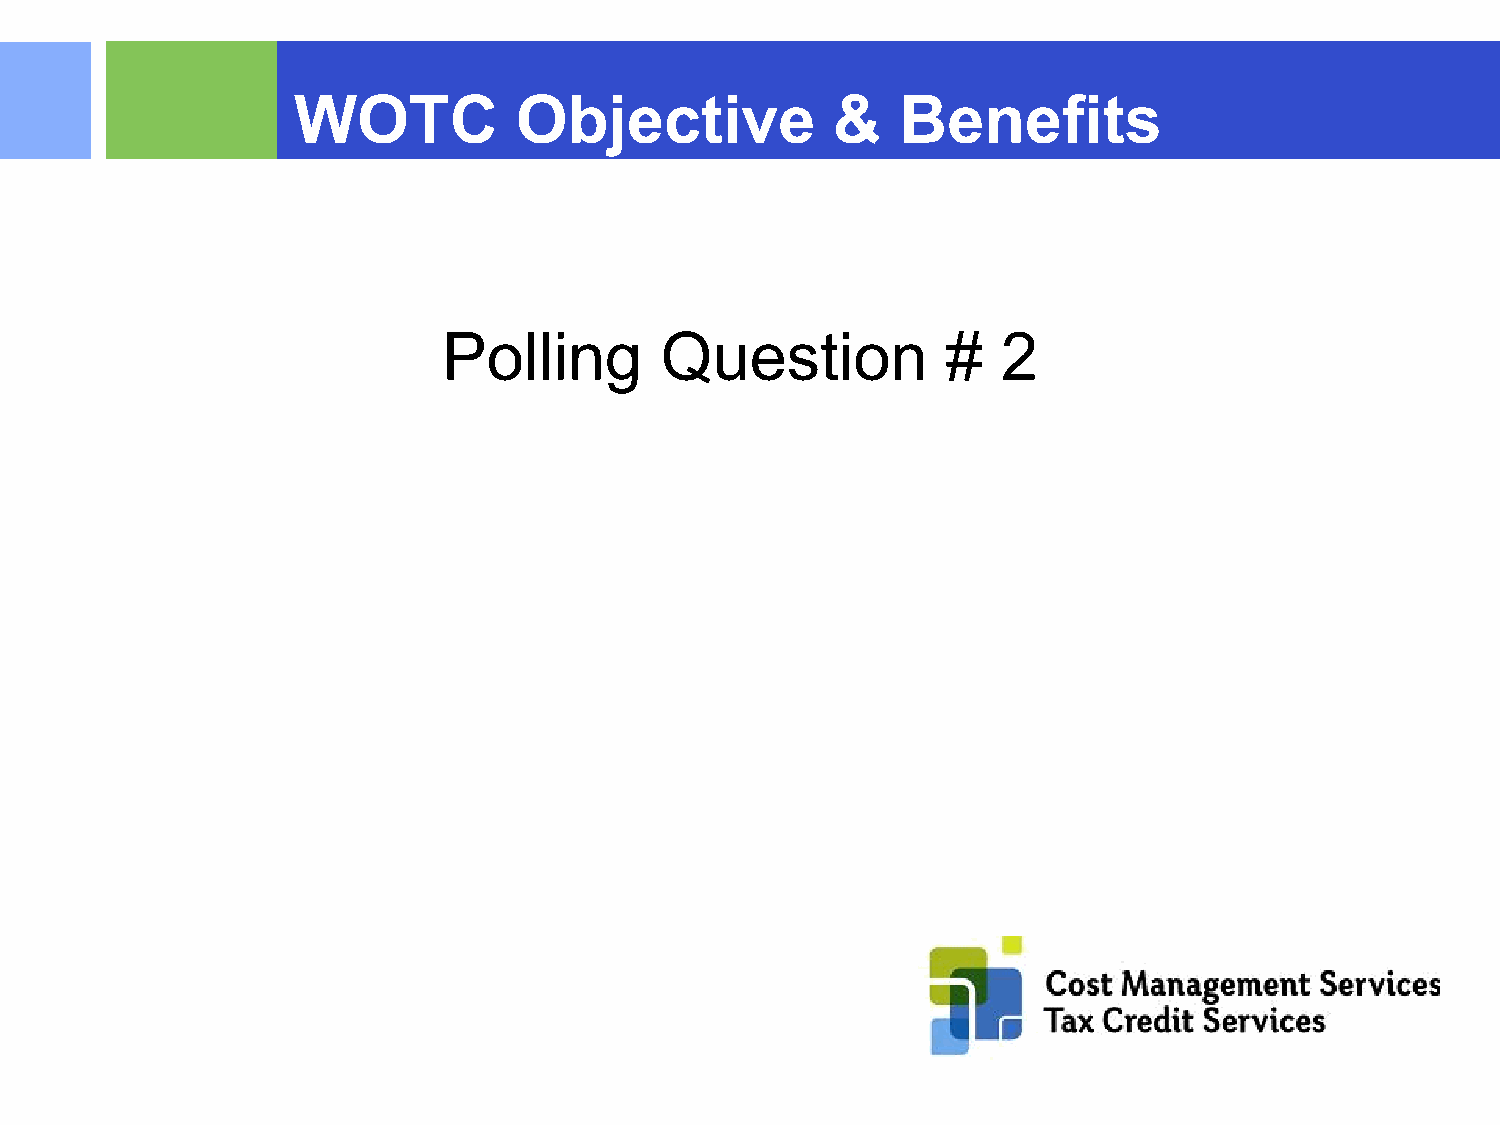
WOTC           Objective            &    Benefits
 Polling        Question           #  2
 ©2015 RSM US LLP. All RightsReserved.